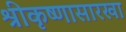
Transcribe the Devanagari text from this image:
श्रीकृष्णासारखा